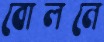
বোলনে